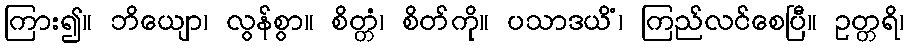
ကြား၍။ ဘိယျော၊ လွန်စွာ။ စိတ္တံ၊ စိတ်ကို။ ပသာဒယိံ၊ ကြည်လင်စေပြီ။ ဥတ္တရိ၊